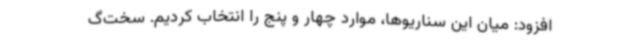
افزود: میان این سناریوها، موارد چهار و پنج را انتخاب کردیم. سخت‌گ